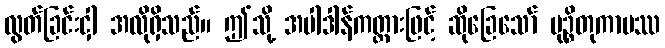
လွတ်ခြင်းငှါ အလိုရှိသည်။ ဤသို့ အပါဒါန်ကတ္တားဖြင့် ဆိုခြေသော် မုဉ္စိတုကာမဿ